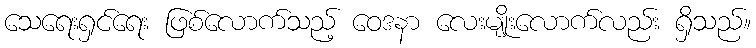
သေရေးရှင်ရေး ဖြစ်လောက်သည့် ဝေဒနာ လေးမျိုးလောက်လည်း ရှိသည်။